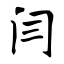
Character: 闫